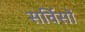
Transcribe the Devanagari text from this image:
सर्विसों